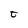
Character: t